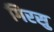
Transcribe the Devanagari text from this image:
गिरसु